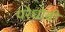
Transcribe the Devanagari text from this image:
परेधोबी